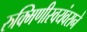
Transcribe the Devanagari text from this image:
रुक्मिणीस्वयंवराने